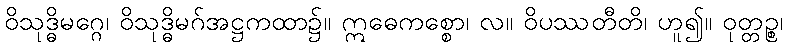
ဝိသုဒ္ဓိမဂ္ဂေ၊ ဝိသုဒ္ဓိမဂ်အဋ္ဌကထာ၌။ ဣဓေကစ္စော၊ လ။ ဝိပဿတီတိ၊ ဟူ၍။ ဝုတ္တဉ္စ၊